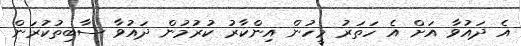
އެ ދައުވާ އަށް އެ ހަތަރު މީހުން އިންކާރު ކުރުމުން ދައުވާ ސާބިތުކުރަން